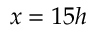
x = 1 5 h